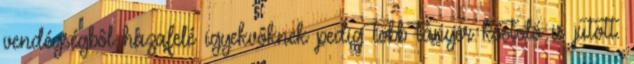
vendégségbôl hazafelé igyekvôknek pedig több tányér kóstoló is jutott.